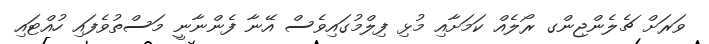
ވަރަށް ޗެލެންޖިންގ ރޯލެއް ކަމަށާއި މުޅި ފިލްމުގައިވެސް އޭނާ ފެންނާނީ މަސްތުވެފައި ހުއްޓައި